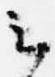
云